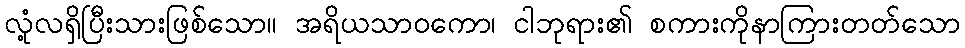
လုံ့လရှိပြီးသားဖြစ်သော။ အရိယသာဝကော၊ ငါဘုရား၏ စကားကိုနာကြားတတ်သော